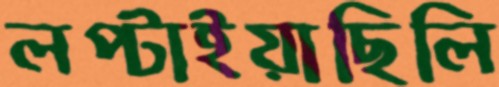
লপ্‌টাইয়াছিলি